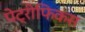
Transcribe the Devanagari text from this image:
पेट्रीफिकस